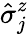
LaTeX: \hat{\sigma}_{j}^{z}